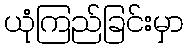
ယုံကြည်ခြင်းမှာ